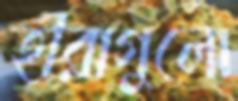
হীরাগুলো